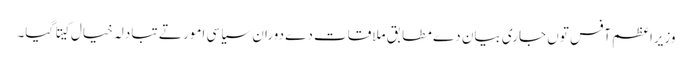
وزیراعظم آفس توں جاری بیان دے مطابق ملاقات دے دوران سیاسی امور تے تبادلہ خیال کیتا گیا۔